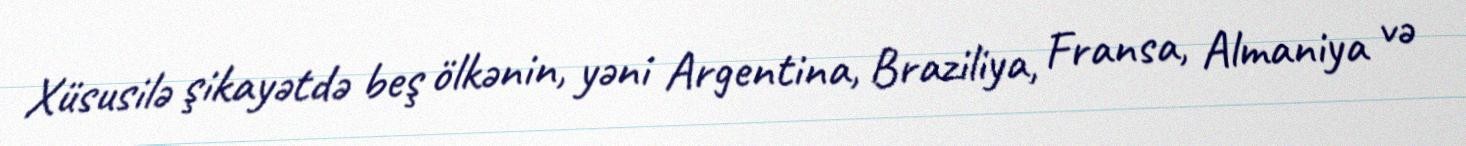
Xüsusilə şikayətdə beş ölkənin, yəni Argentina, Braziliya, Fransa, Almaniya və